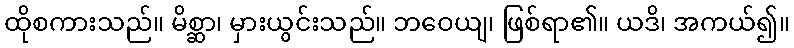
ထိုစကားသည်။ မိစ္ဆာ၊ မှားယွင်းသည်။ ဘဝေယျ၊ ဖြစ်ရာ၏။ ယဒိ၊ အကယ်၍။